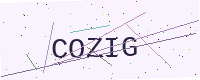
Text: COZIG